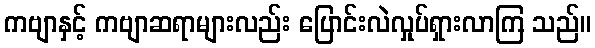
ကဗျာနှင့် ကဗျာဆရာများလည်း ပြောင်းလဲလှုပ်ရှားလာကြ သည်။